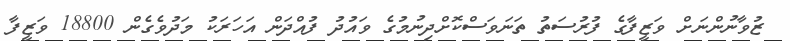
ޒުވާނުންނަށް ވަޒީފާގެ ފުރުސަތު ތަނަވަސްކޮށްދިނުމުގެ ވައުދު ފުއްދަން އަހަރަކު މަދުވެގެން 18800 ވަޒީފާ